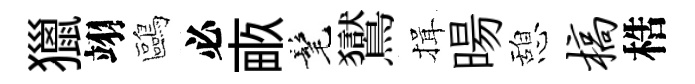
獵翊鷗必畞髦鸑揖暘憩槁梏